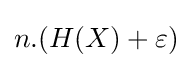
n.(H(X)+\varepsilon )